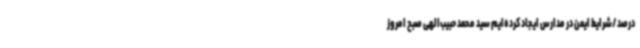
درصد/شرایط ایمن در مدارس ایجاد کرده‌ایم سید محمد حبیب‌الهی صبح امروز